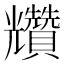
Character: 𧹍